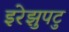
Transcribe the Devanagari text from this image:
इरेझुपटु